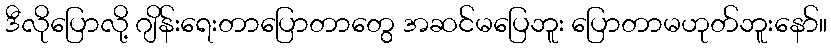
ဒီလိုပြောလို့ ဂျိန်းရေးတာပြောတာတွေ အဆင်မပြေဘူး ပြောတာမဟုတ်ဘူးနော်။